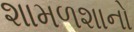
શામળશાનો